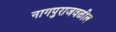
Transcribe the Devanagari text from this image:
नागपुराजवळील